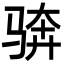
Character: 𩧼